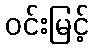
ဝင်းမြင့်